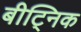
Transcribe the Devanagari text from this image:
बीट्निक